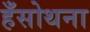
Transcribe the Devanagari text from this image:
हँसोथना